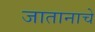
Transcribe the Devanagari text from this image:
जातानाचे